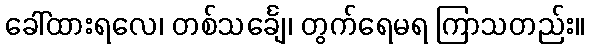
ခေါ်ထားရလေ၊ တစ်သင်္ချေ၊ တွက်ရေမရ ကြာသတည်း။